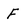
Character: F